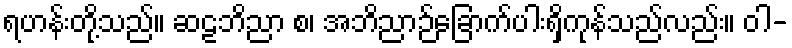
ရဟန်းတို့သည်။ ဆဠဘိညာ စ၊ အဘိညာဉ်ခြောက်ပါးရှိကုန်သည်လည်း။ ဝါ-